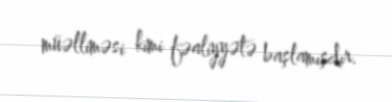
müəlliməsi kimi fəaliyyətə başlamışdır.